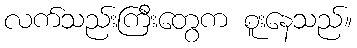
လက်သည်းကြီးတွေက စူးနေသည်။